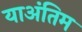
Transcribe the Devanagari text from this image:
याअंतिम